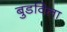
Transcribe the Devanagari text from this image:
बुडविला